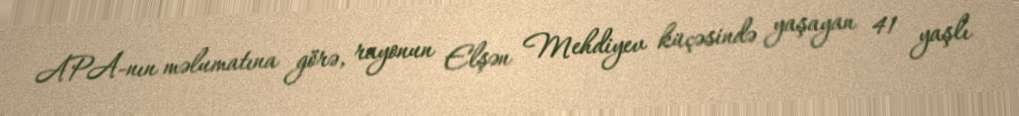
APA-nın məlumatına görə, rayonun Elşən Mehdiyev küçəsində yaşayan 41 yaşlı